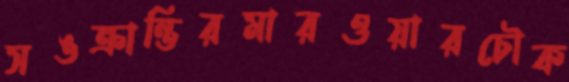
সঙক্রান্তিরমারওয়ারচৌক